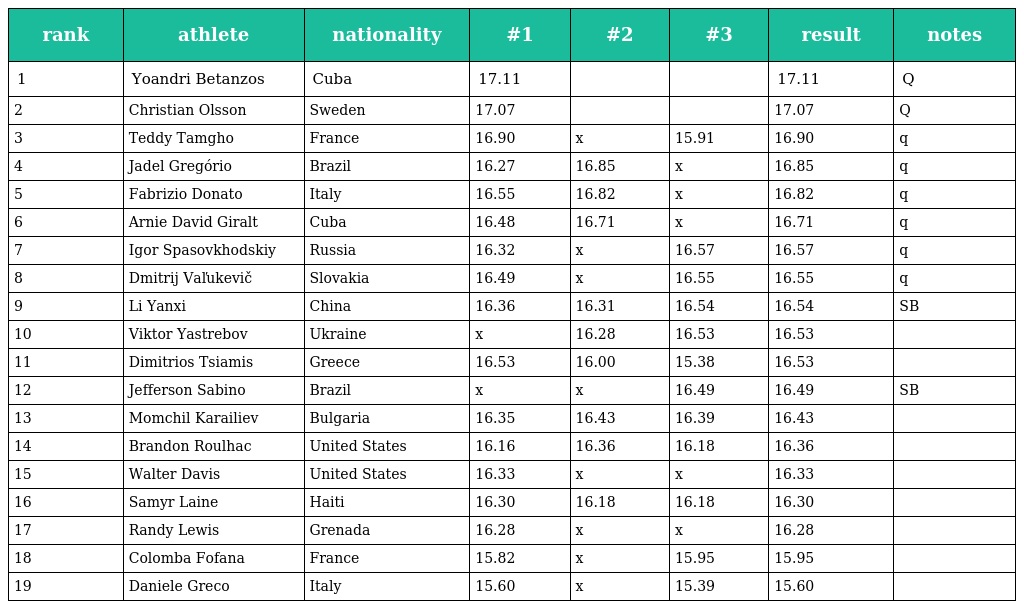
| rank | athlete | nationality | #1 | #2 | #3 | result | notes |
 | --- | --- | --- | --- | --- | --- | --- | --- |
 | 1 | Yoandri Betanzos | Cuba | 17.11 |  |  | 17.11 | Q |
 | 2 | Christian Olsson | Sweden | 17.07 |  |  | 17.07 | Q |
 | 3 | Teddy Tamgho | France | 16.90 | x | 15.91 | 16.90 | q |
 | 4 | Jadel Gregório | Brazil | 16.27 | 16.85 | x | 16.85 | q |
 | 5 | Fabrizio Donato | Italy | 16.55 | 16.82 | x | 16.82 | q |
 | 6 | Arnie David Giralt | Cuba | 16.48 | 16.71 | x | 16.71 | q |
 | 7 | Igor Spasovkhodskiy | Russia | 16.32 | x | 16.57 | 16.57 | q |
 | 8 | Dmitrij Vaľukevič | Slovakia | 16.49 | x | 16.55 | 16.55 | q |
 | 9 | Li Yanxi | China | 16.36 | 16.31 | 16.54 | 16.54 | SB |
 | 10 | Viktor Yastrebov | Ukraine | x | 16.28 | 16.53 | 16.53 |  |
 | 11 | Dimitrios Tsiamis | Greece | 16.53 | 16.00 | 15.38 | 16.53 |  |
 | 12 | Jefferson Sabino | Brazil | x | x | 16.49 | 16.49 | SB |
 | 13 | Momchil Karailiev | Bulgaria | 16.35 | 16.43 | 16.39 | 16.43 |  |
 | 14 | Brandon Roulhac | United States | 16.16 | 16.36 | 16.18 | 16.36 |  |
 | 15 | Walter Davis | United States | 16.33 | x | x | 16.33 |  |
 | 16 | Samyr Laine | Haiti | 16.30 | 16.18 | 16.18 | 16.30 |  |
 | 17 | Randy Lewis | Grenada | 16.28 | x | x | 16.28 |  |
 | 18 | Colomba Fofana | France | 15.82 | x | 15.95 | 15.95 |  |
 | 19 | Daniele Greco | Italy | 15.60 | x | 15.39 | 15.60 |  |